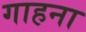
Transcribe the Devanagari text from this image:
गाहना